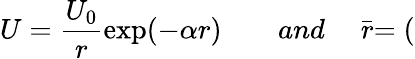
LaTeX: U=\frac{U_{0}}{r}\exp(-\alpha r){\qquad and\quad}\stackrel{\_ }{r}=(